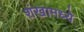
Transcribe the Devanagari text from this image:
शंखामध्ये